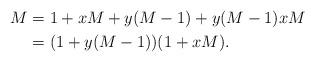
LaTeX: \begin{align*}M&=1+xM+y(M-1)+y(M-1)xM\\ &=(1+y(M-1))(1+xM).\end{align*}